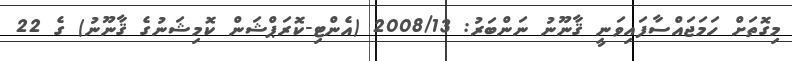
މިގޮތަށް ހަމަޖައްސާފައިވަނީ ޤާނޫނު ނަންބަރު: 2008/13 (އެންޓި-ކޮރަޕްޝަން ކޮމިޝަނުގެ ޤާނޫނު) ގެ 22